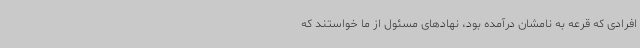
افرادی که قرعه به نامشان درآمده بود، نهادهای مسئول از ما خواستند که